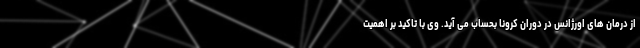
از درمان های اورژانس در دوران کرونا بحساب می آید. وی با تاکید بر اهمیت